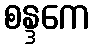
စန္ဒကေ